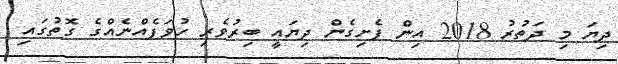
ދިޔަ މި ދަތުރު 2018 އިން ފެށިގެން ދިޔައީ ބިރުވެރި ހުވަފެއްނެއްގެ ގޮތުގައި